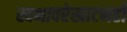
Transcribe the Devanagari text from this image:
स्वभावरेखाटनही